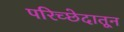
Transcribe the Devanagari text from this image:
परिच्छेदातून